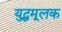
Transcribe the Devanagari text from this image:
युद्धमूलक